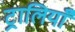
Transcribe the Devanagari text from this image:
ट्रालियाँ